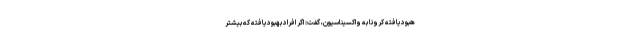
هبودیافته کرونا به واکسیناسیون، گفت: اگر افراد بهبودیافته که بیشتر